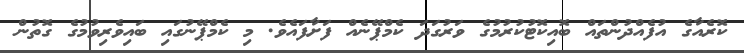
ކޮރެއާގެ އުފެއްދުންތައް ބޮއިކޮޓުކުރުމުގެ ވަރުގަދަ ކެމްޕޭނެއް ފަށާފައެވެ. މި ކެމްޕޭނުގައި ބައިވެރިވުމުގެ ގޮތުން